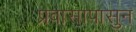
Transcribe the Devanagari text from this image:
प्रवासापासुन